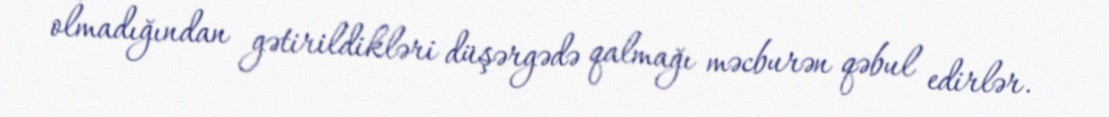
olmadığından gətirildikləri düşərgədə qalmağı məcburən qəbul edirlər.